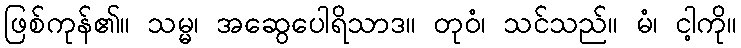
ဖြစ်ကုန်၏။ သမ္မ၊ အဆွေပေါရိသာဒ။ တုဝံ၊ သင်သည်။ မံ၊ ငါ့ကို။